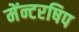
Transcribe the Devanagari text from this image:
मेंन्टरषिप